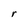
Character: r